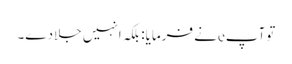
توآپeنے فرمایا: بلکہ انہیں جلادے۔